Annual administration report of the Civil Veterinary Department of India - 1894-1895
Year: 1894
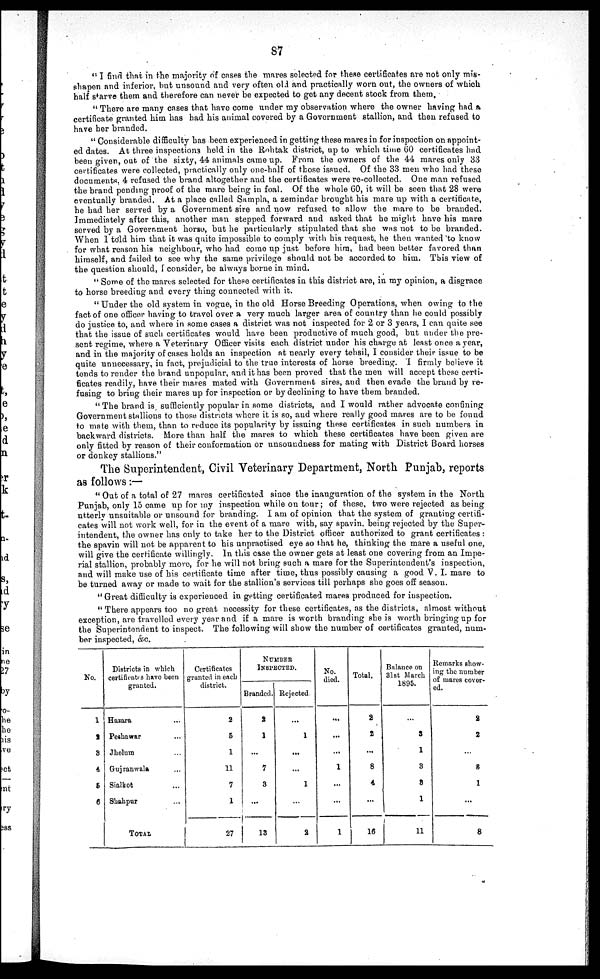
87
" I find that in the majority of cases the mares selected for these certificates are not only mis-
shapen and inferior, but unsound and very often old and practically worn out, the owners of which
half starve them and therefore can never be expected to get any decent stock from them.
" There are many cases that have come under my observation where the owner having had a
certificate granted him has had his animal covered by a Government stallion, and then refused to
have her branded.
" Considerable difficulty has been experienced in getting these mares in for inspection on appoint-
ed dates. At three inspections held in the Rohtak district, up to which time 60 certificates had
been given, out of the sixty, 44 animals came up. From the owners of the 44 mares only 33
certificates were collected, practically only one-half of those issued. Of the 33 men who had these
documents. 4 refused the brand altogether and the certificates were re-collected. One man refused
the brand pending proof of the mare being in foal. Of the whole 60, it will be seen that 28 were
eventually branded. At a place called Sampla, a zemindar brought his mare up with a certificate,
he had her served by a Government sire and now refused to allow the mare to be branded.
Immediately after this, another man stepped forward and asked that he might have his mare
served by a Government horse, but he particularly stipulated that she was not to be branded.
When I told him that it was quite impossible to comply with his request, he then wanted to know
for what reason his neighbour, who had come up just before him, had been better favored than
himself, and failed to see why the same privilege should not be accorded to him. This view of
the question should, I consider, be always borne in mind.
" Some of the mares selected for these certificates in this district are, in my opinion, a disgrace
to horse breeding and every thing connected with it.
"Under the old system in vogue, in the old Horse Breeding Operations, when owing to the
fact of one officer having to travel over a very much larger area of country than he could possibly
do justice to, and where in some cases a district was not inspected for 2 or 3 years, I can quite see
that the issue of such certificates would have been productive of much good, but under the pre-
sent regime, where a Veterinary Officer visits each district under his charge at least once a year,
and in the majority of cases holds an inspection at nearly every tehsil, I consider their issue to be
quite unnecessary, in fact, prejudicial to the true interests of horse breeding. I firmly believe it
tends to render the brand unpopular, and it has been proved that the men will accept these certi-
ficates readily, have their mares mated with Government sires, and then evade the brand by re-
fusing to bring their mares up for inspection or by declining to have them branded.
" The brand is sufficiently popular in some districts, and I would rather advocate confining
Government stallions to those districts where it is so, and where really good mares are to be found
to mate with them, than to reduce its popularity by issuing these certificates in such numbers in
backward districts. More than half the mares to which these certificates have been given are
only fitted by reason of their conformation or unsoundness for mating with District Board horses
or donkey stallions."
The Superintendent, Civil Veterinary Department, North Punjab, reports
as follows:—
" Out of a total of 27 mares certificated since the inauguration of the system in the North
Punjab, only 15 came up for my inspection while on tour; of these, two were rejected as being
utterly unsuitable or unsound for branding. I am of opinion that the system of granting certifi-
cates will not work well, for in the event of a mare with, say spavin, being rejected by the Super-
intendent, the owner has only to take her to the District officer authorized to grant certificates :
the spavin will not be apparent to his unpractised eye so that he, thinking the mare a useful one,
will give the certificate willingly. In this case the owner gets at least one covering from an Impe-
rial stallion, probably more, for he will not bring such a mare for the Superintendent's inspection,
and will make use of his certificate time after time, thus possibly causing a good V. I. mare to
be turned away or made to wait for the stallion's services till perhaps she goes off season.
" Great difficulty is experienced in getting certificated mares produced for inspection.
" There appears too no great necessity for these certificates, as the districts, almost without
exception, are travelled every year and if a mare is worth branding she is worth bringing up for
the Superintendent to inspect. The following will show the number of certificates granted, num-
ber inspected, &c.
No.
1
2
8
4
5
6
Districts in which
certificates have been
granted.
Hazaro ...
Peshawar ...
Jhelum ...
Gujranwala ...
Sialkot ...
Shahpur ...
TOTAL
Certificates
granted in each
district.
2
5
1
11
7
1
27
NUMBER
INSPECTED.
Branded.
2
1
...
7
3
...
18
Rejected
...
1
...
...
1
...
2
No.
died.
...
...
...
1
...
...
1
Total.
2
2
...
8
4
...
16
Balance on
31st March
1895.
...
3
1
3
8
1
11
Remarks show-
ing the number
of marcs cover-
ed.
2
2
...
8
1
...
8